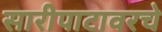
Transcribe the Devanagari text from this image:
सारीपाटावरचे